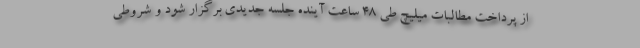
از پرداخت مطالبات میلیچ طی 48 ساعت آینده جلسه جدیدی برگزار شود و شروطی